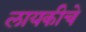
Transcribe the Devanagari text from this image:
लायकीचे